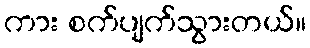
ကား စက်ပျက်သွားတယ်။